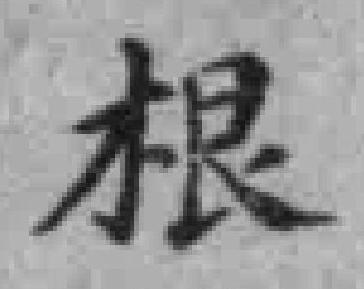
根